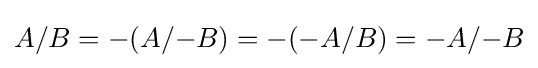
A/B=-(A/{-B})=-(-A/B)=-A/{-B}